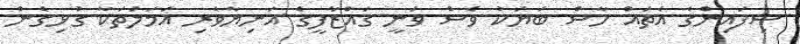
ސިފައިންގެ އެތައް ހާސް ބަޔަކު ވެސް ވަނީ ގައްޒާފީގެ އަނިޔާވެރި އަމަލުތަކާ ގުޅިގެން